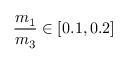
\frac { m _ { 1 } } { m _ { 3 } } \in [ 0 . 1 , 0 . 2 ]